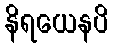
နိရယေနပိ